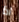
اذا